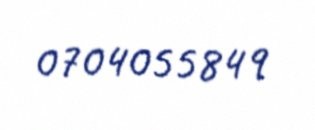
0704055849